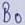
Text: B0